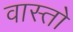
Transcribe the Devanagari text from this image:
वास्तो